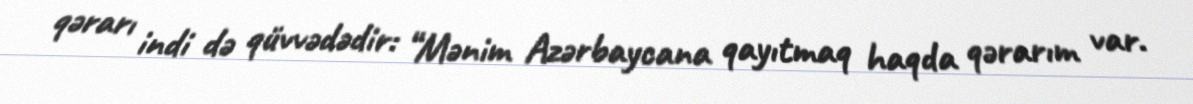
qərarı indi də qüvvədədir: “Mənim Azərbaycana qayıtmaq haqda qərarım var.